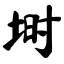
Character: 埘